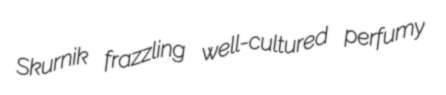
Skurnik frazzling well-cultured perfumy